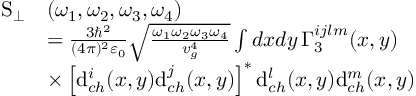
\begin{array} { r l } { \mathrm { S } _ { \perp } } & { ( \omega _ { 1 } , \omega _ { 2 } , \omega _ { 3 } , \omega _ { 4 } ) } \\ & { = \frac { 3 \hbar ^ { 2 } } { ( 4 \pi ) ^ { 2 } \varepsilon _ { 0 } } \sqrt { \frac { \omega _ { 1 } \omega _ { 2 } \omega _ { 3 } \omega _ { 4 } } { v _ { g } ^ { 4 } } } \int d x d y \, \Gamma _ { 3 } ^ { i j l m } ( x , y ) } \\ & { \times \left[ \mathrm { d } _ { c h } ^ { i } ( x , y ) \mathrm { d } _ { c h } ^ { j } ( x , y ) \right] ^ { * } \mathrm { d } _ { c h } ^ { l } ( x , y ) \mathrm { d } _ { c h } ^ { m } ( x , y ) } \end{array}